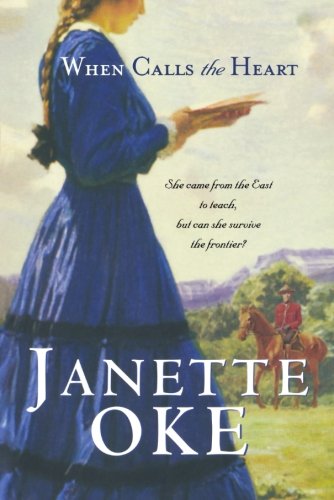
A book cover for When Calls the Heart (Canadian West #1); Janette Oke; Romance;